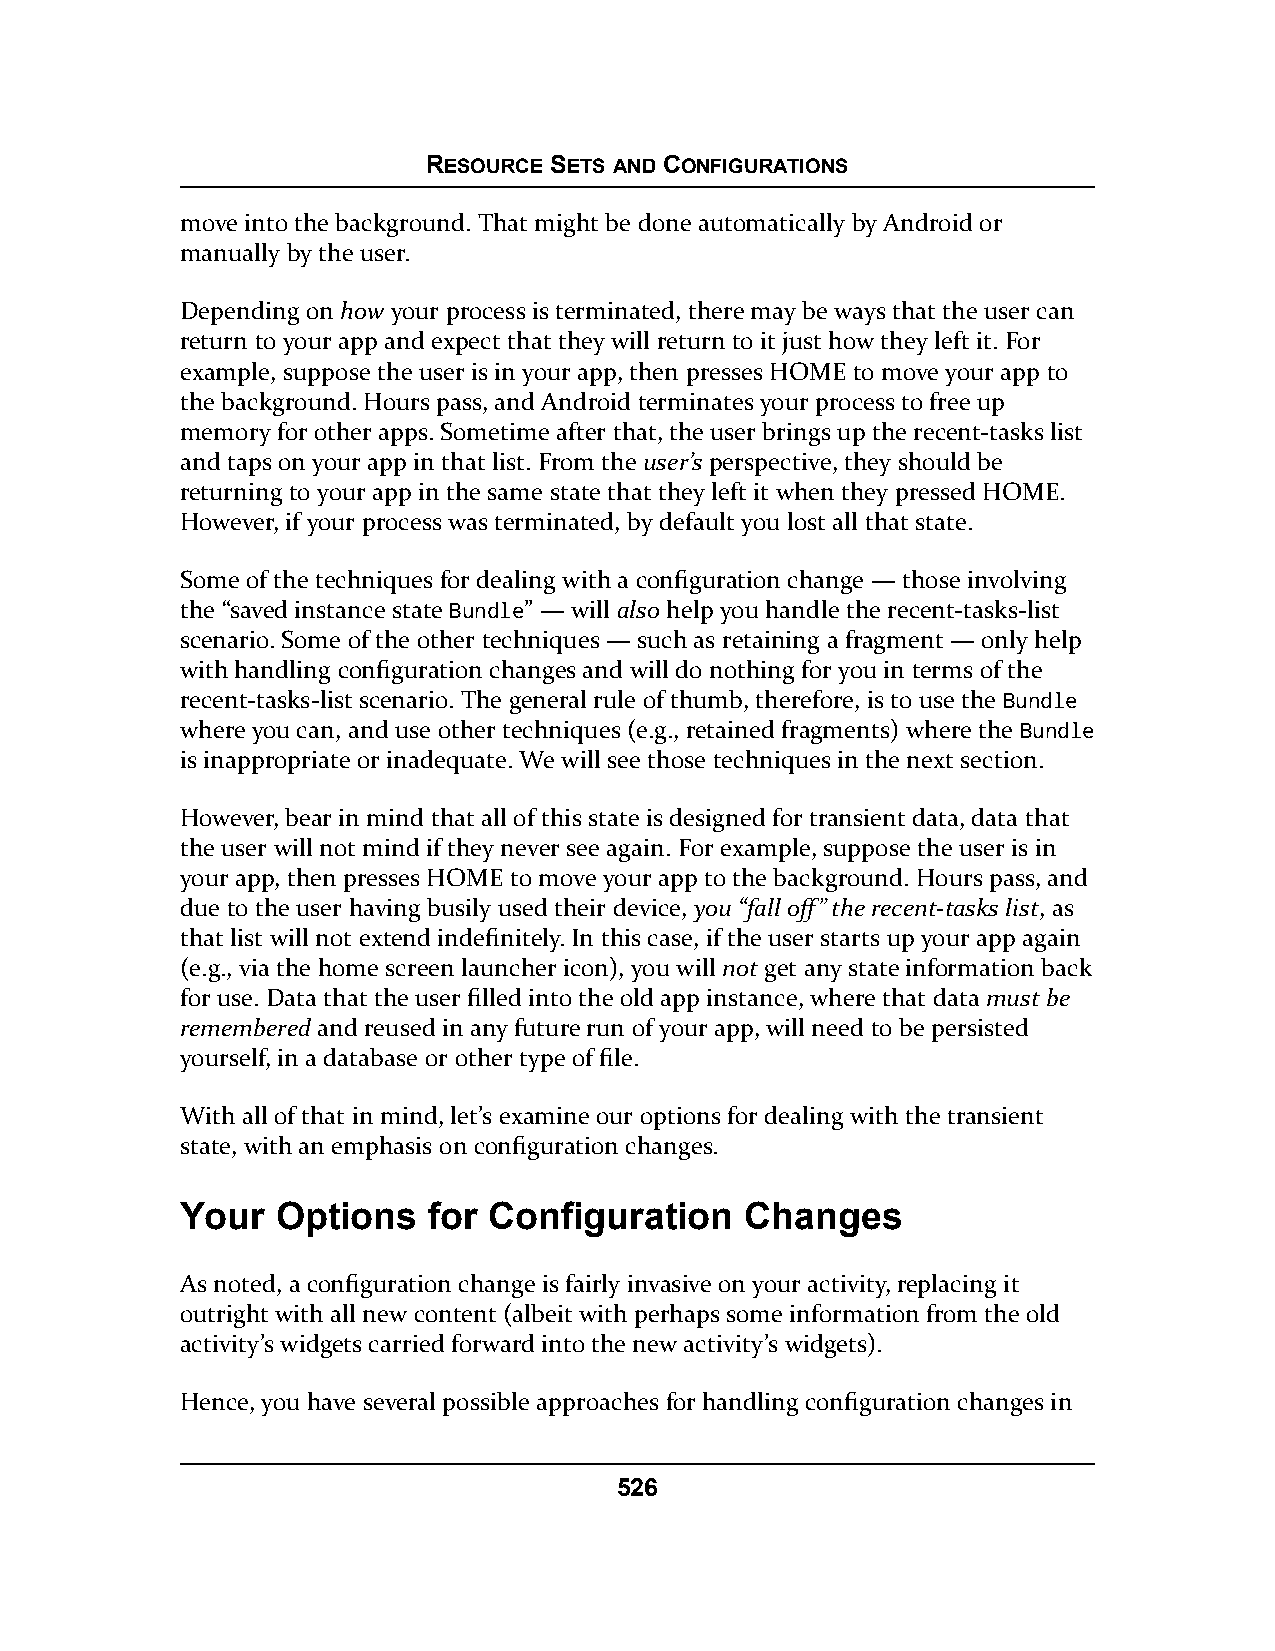
RESOURCE SETS AND CONFIGURATIONS
 move into the background. That might be done automatically by Android or
 manually by the user.
 Depending on how your process is terminated, there may be ways that the user can
 return to your app and expect that they will return to it just how they left it. For
 example, suppose the user is in your app, then presses HOME to move your app to
 the background. Hours pass, and Android terminates your process to free up
 memory for other apps. Sometime after that, the user brings up the recent-tasks list
 and taps on your app in that list. From the user’s perspective, they should be
 returning to your app in the same state that they left it when they pressed HOME.
 However, if your process was terminated, by default you lost all that state.
 Some of the techniques for dealing with a configuration change — those involving
 the “saved instance state Bundle” — will also help you handle the recent-tasks-list
 scenario. Some of the other techniques — such as retaining a fragment — only help
 with handling configuration changes and will do nothing for you in terms of the
 recent-tasks-list scenario. The general rule of thumb, therefore, is to use the Bundle
 where you can, and use other techniques (e.g., retained fragments) where the Bundle
 is inappropriate or inadequate. We will see those techniques in the next section.
 However, bear in mind that all of this state is designed for transient data, data that
 the user will not mind if they never see again. For example, suppose the user is in
 your app, then presses HOME to move your app to the background. Hours pass, and
 due to the user having busily used their device, you “fall off” the recent-tasks list, as
 that list will not extend indefinitely. In this case, if the user starts up your app again
 (e.g., via the home screen launcher icon), you will not get any state information back
 for use. Data that the user filled into the old app instance, where that data must be
 remembered and reused in any future run of your app, will need to be persisted
 yourself, in a database or other type of file.
 With all of that in mind, let’s examine our options for dealing with the transient
 state, with an emphasis on configuration changes.
 Your  Options   for Configuration    Changes
 As noted, a configuration change is fairly invasive on your activity, replacing it
 outright with all new content (albeit with perhaps some information from the old
 activity’s widgets carried forward into the new activity’s widgets).
 Hence, you have several possible approaches for handling configuration changes in
 526